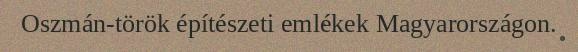
Oszmán-török építészeti emlékek Magyarországon.